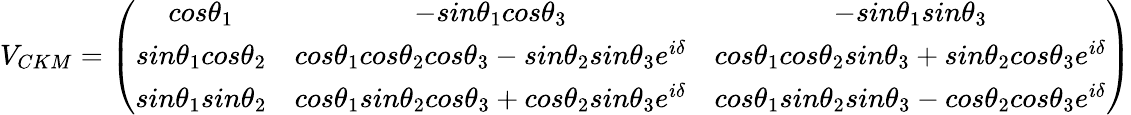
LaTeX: V_{CKM}=\left(\begin{array}{ccc}{{cos\theta_{1}}}&{{-sin\theta_{1}cos\theta_{3}}}&{{-sin\theta_{1}sin\theta_{3}}}\\ {{sin\theta_{1}cos\theta_{2}}}&{{cos\theta_{1}cos\theta_{2}cos\theta_{3}-sin\theta_{2}sin\theta_{3}e^{i\delta}}}&{{cos\theta_{1}cos\theta_{2}sin\theta_{3}+sin\theta_{2}cos\theta_{3}e^{i\delta}}}\\ {{sin\theta_{1}sin\theta_{2}}}&{{cos\theta_{1}sin\theta_{2}cos\theta_{3}+cos\theta_{2}sin\theta_{3}e^{i\delta}}}&{{cos\theta_{1}sin\theta_{2}sin\theta_{3}-cos\theta_{2}cos\theta_{3}e^{i\delta}}}\end{array}\right)